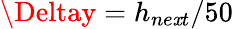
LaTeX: \Deltay=h_{ne\mathit{x}t}/50